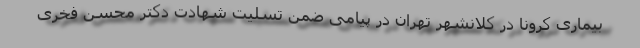
بیماری کرونا در کلانشهر تهران در پیامی ضمن تسلیت شهادت دکتر محسن فخری